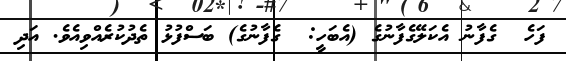
ފަހެ  ގެފާނު އެކަލޭގެފާނުގެ (އެބަހީ:  ގެފާނުގެ) ބަސްފުޅު ތެދުކުރެއްވިއެވެ. އަދި